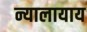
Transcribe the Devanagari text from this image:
न्यालायाय